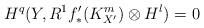
LaTeX: \begin{align*}H^{q}(Y,R^{1}f^{\prime}_{\ast}(K^{m}_{X^{\prime}})\otimes H^{l})=0\end{align*}